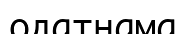
одатнама